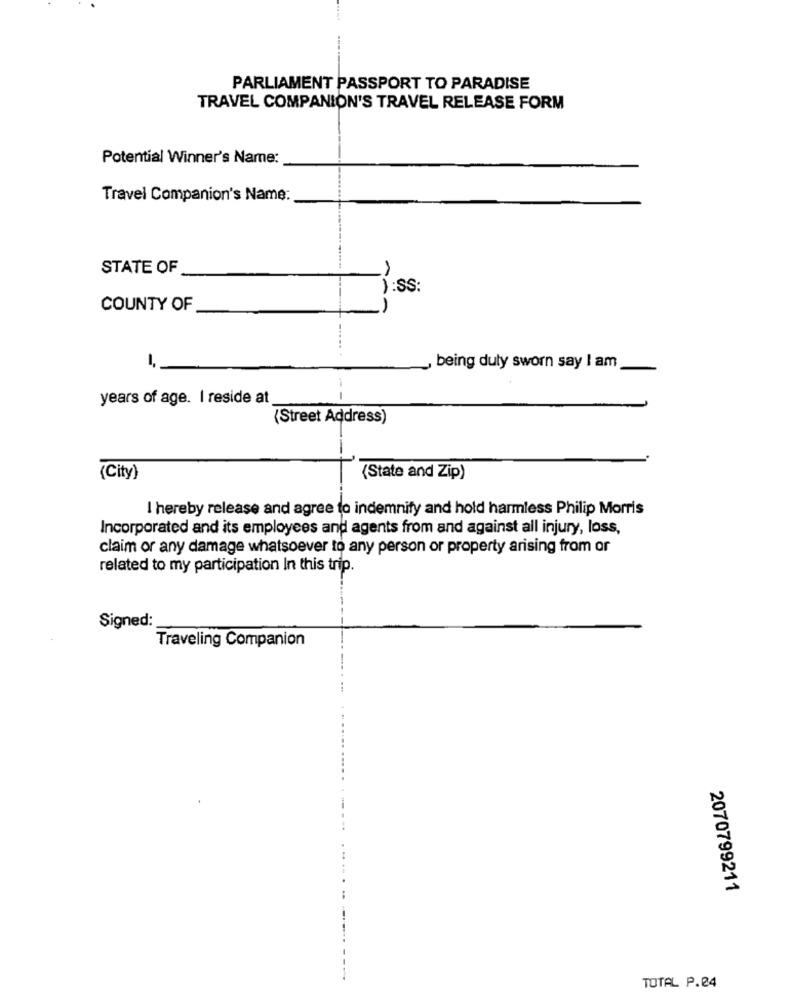
PARLIAMENT PASSPORT TO PARADISE
TRAVEL COMPANION'S TRAVEL RELEASE FORM
Potential Winner's Name:
Travel Companion's Name:
STATE OF
J:Ss:
COUNTY OF
, being duly sworn say I am
years of age. I reside at
--
(Street Address)
(City)
(State and Zip)
I hereby release and agree to indemnify and hold harmless Philip Morris
Incorporated and its employees and agents from and against all injury, loss,
claim or any damage whatsoever to any person or property arising from or
related to my participation In this trip.
Signed:
Traveling Companion
2070799211
TOTAL P.04